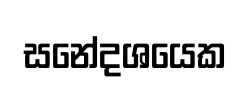
සනේදශයෙක